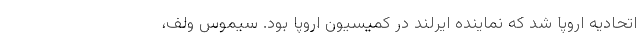
اتحادیه اروپا شد که نماینده ایرلند در کمیسیون اروپا بود. سیموس ولف،